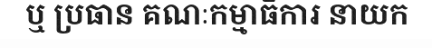
ឬ ប្រធាន គណៈកម្មាធិការ នាយក